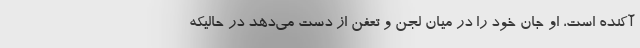
آکنده است، او جان خود را در میان لجن و تعفن از دست می‌دهد در حالیکه